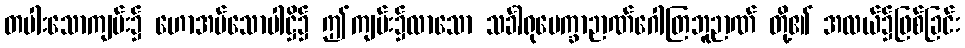
တပါးသောကျမ်း၌ ဟောအပ်သောပါဋ္ဌိ၌ ဤကျမ်း၌လာသော သင်္ခါရုပေက္ခာဉာဏ်ဂေါတြဘူဉာဏ် တို့၏ အလယ်၌ဖြစ်ခြင်း